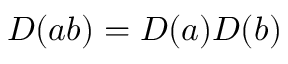
D ( a b ) = D ( a ) D ( b )